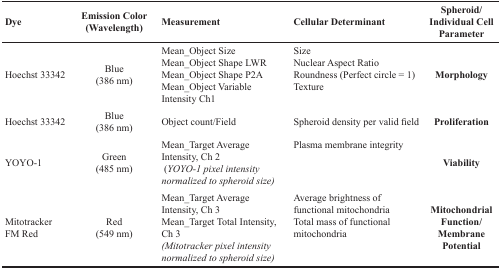
<table><thead><tr><td><b>Dye</b></td><td><b>Emission Color (Wavelength)</b></td><td><b>Measurement</b></td><td><b>Cellular Determinant</b></td><td><b>Spheroid/Individual Cell Parameter</b></td></tr></thead><tbody><tr><td>Hoechst 33342</td><td>Blue (386 nm)</td><td>Mean_Object SizeMean_Object Shape LWRMean_Object Shape P2AMean_Object VariableIntensity Ch1</td><td>SizeNuclear Aspect RatioRoundness (Perfect circle = 1)Texture</td><td><b>Morphology</b></td></tr><tr><td>Hoechst 33342</td><td>Blue (386 nm)</td><td>Object count/Field</td><td>Spheroid density per valid field</td><td><b>Proliferation</b></td></tr><tr><td>YOYO-1</td><td>Green (485 nm)</td><td>Mean_Target Average Intensity, Ch 2(<i>YOYO-1 pixel intensity normalized to spheroid size)</i></td><td>Plasma membrane integrity</td><td><b>Viability</b></td></tr><tr><td>Mitotracker FM Red</td><td>Red (549 nm)</td><td>Mean_Target Average Intensity, Ch 3Mean_Target Total Intensity, Ch 3<i>(Mitotracker pixel intensity normalized to spheroid size)</i></td><td>Average brightness of functional mitochondria Total mass of functional mitochondria</td><td><b>Mitochondrial Function/Membrane Potential</b></td></tr></tbody></table>